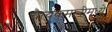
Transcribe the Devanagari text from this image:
चैत्यकमानीमध्ये